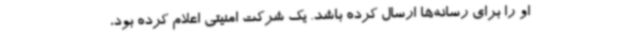
او را برای رسانه‌ها ارسال کرده باشد. یک شرکت امنیتی اعلام کرده بود،